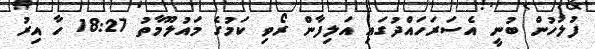
ފުލުހުން ބުނީ އެސަރަހައްދުގައި އަލިފާން ރޯވި ކަމުގެ މައުލޫމާތު 18:27 ހާ އިރު